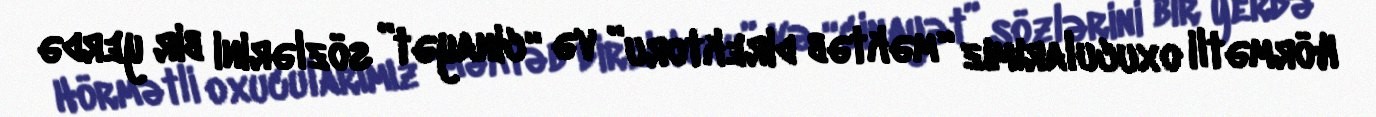
Hörmətli oxucularımız “məktəb direktoru” və “cinayət” sözlərini bir yerdə